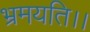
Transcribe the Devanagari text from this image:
भ्रमयति।।